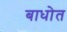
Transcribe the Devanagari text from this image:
बाधोत